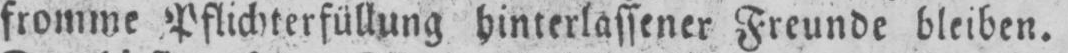
fromme Pflichterfüllung hinterlassener Freunde bleiben.